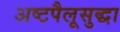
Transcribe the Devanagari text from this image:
अष्टपैलूसुद्धा